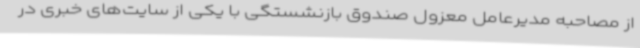
از مصاحبه مدیرعامل معزول صندوق بازنشستگی با یکی از سایت‌های خبری در